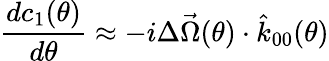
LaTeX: \frac{dc_{1}(\theta)}{d\theta}\approx-i\Delta\vec{\Omega}(\theta)\cdot\hat{k}_{00}(\theta)